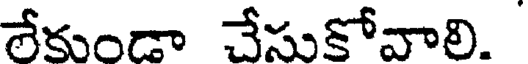
లేకుండా చేసుకోవాలి.